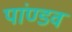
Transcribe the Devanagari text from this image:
पांण्‍डव